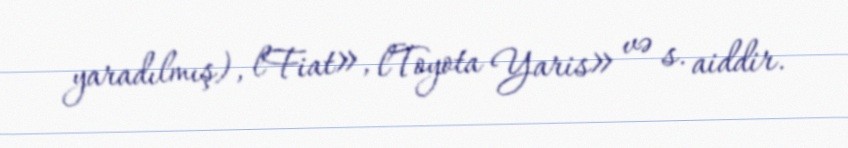
yaradılmış), lFiat», lToyota Yaris» və s. aiddir.